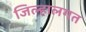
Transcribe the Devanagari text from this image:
जिल्हालगत